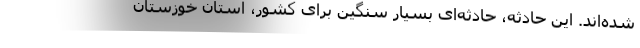
شده‌اند. این حادثه، حادثه‌ای بسیار سنگین برای کشور، استان خوزستان